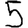
Digit: 5